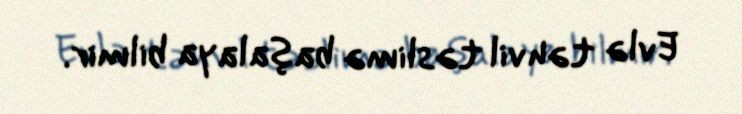
Evlə təhvil təslimə başalaya bilmir.